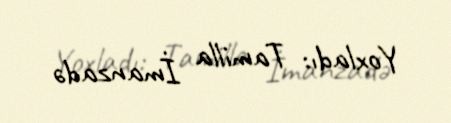
Yoxladı: Tamilla İmanzadə